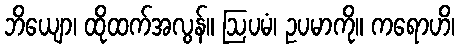
ဘိယျော၊ ထိုထက်အလွန်။ ဩပမံ၊ ဥပမာကို။ ကရောဟိ၊